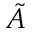
\tilde { A }